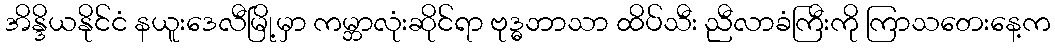
အိန္ဒိယနိုင်ငံ နယူးဒေလီမြို့မှာ ကမ္ဘာလုံးဆိုင်ရာ ဗုဒ္ဓဘာသာ ထိပ်သီး ညီလာခံကြီးကို ကြာသတေးနေ့က